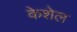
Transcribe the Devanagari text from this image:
केशेल